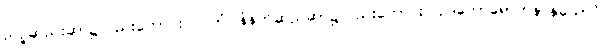
ညဉ့်ဆည်းဆာ၌လည်းကောင်း။ ပါတံ၊ နံနက်ဆည်ဆာ၌လည်းကောင်း။ ဥဒကောရောဟနာနုယောဂံ၊